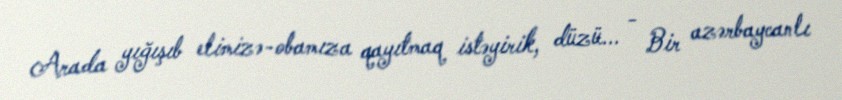
Arada yığışıb elimizə-obamıza qayıtmaq istəyirik, düzü... - Bir azərbaycanlı